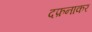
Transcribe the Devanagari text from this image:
दफ़नाकर